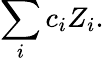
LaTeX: \sum_{i}c_{i}Z_{i}.